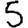
Digit: 5